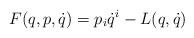
LaTeX: \begin{align*} F( q,p,\dot{q}) =p_i\dot{q}^i- L (q,\dot{q})\end{align*}